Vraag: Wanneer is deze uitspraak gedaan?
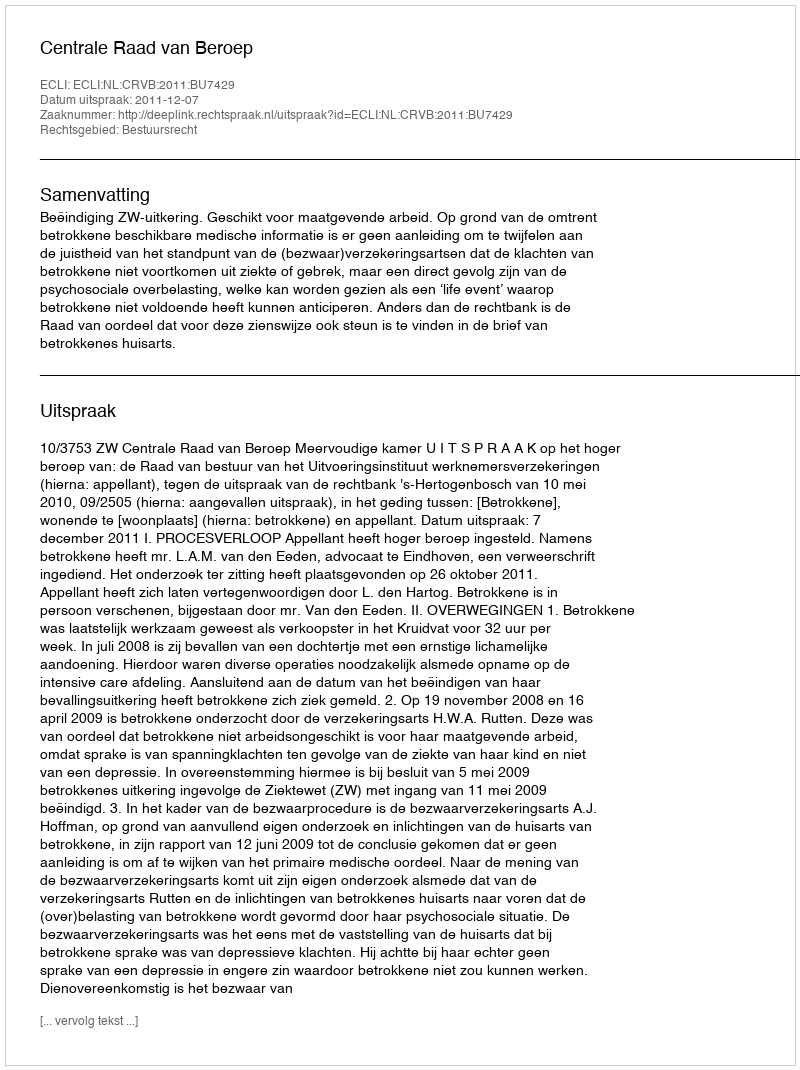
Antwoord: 2011-12-07